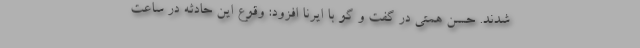
شدند. حسن همتی در گفت و گو با ایرنا افزود: وقوع این حادثه در ساعت